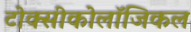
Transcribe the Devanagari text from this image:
टोक्सीकोलॉजिकल